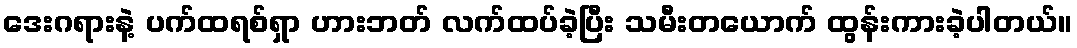
ဒေးဂရားနဲ့ ပက်ထရစ်ရှာ ဟားဘတ် လက်ထပ်ခဲ့ပြီး သမီးတယောက် ထွန်းကားခဲ့ပါတယ်။